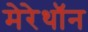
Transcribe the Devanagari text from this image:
मेरेथॉन